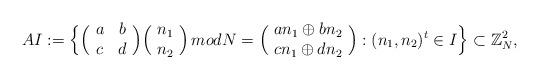
LaTeX: \begin{align*} AI :=\Big\{\Big({\begin{matrix} ~a&b~ \\ ~ c&d ~ \end{matrix}}\Big)\Big({\begin{matrix} ~n_1~ \\ ~ n_2 ~ \end{matrix}}\Big) \, modN = \Big({\begin{matrix} ~ an_1 \oplus bn_2~ \\ ~cn_1 \oplus dn_2 ~ \end{matrix}}\Big):(n_1,n_2)^t \in I \Big\}\subset \mathbb{Z}_N^2, \end{align*}